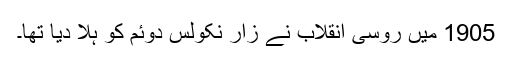
1905 میں روسی انقلاب نے زار نکولس دوئم کو ہلا دیا تھا۔